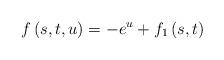
LaTeX: \begin{align*}f\left( s,t,u\right) =-e^{u}+f_{1}\left( s,t\right) \end{align*}